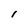
Character: 1